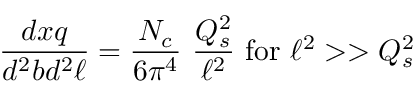
{ \frac { d x q } { d ^ { 2 } b d ^ { 2 } \ell } } = { \frac { N _ { c } } { 6 \pi ^ { 4 } } } \ { \frac { Q _ { s } ^ { 2 } } { \ell ^ { 2 } } } \ \mathrm { f o r } \ \ell ^ { 2 } > > Q _ { s } ^ { 2 }